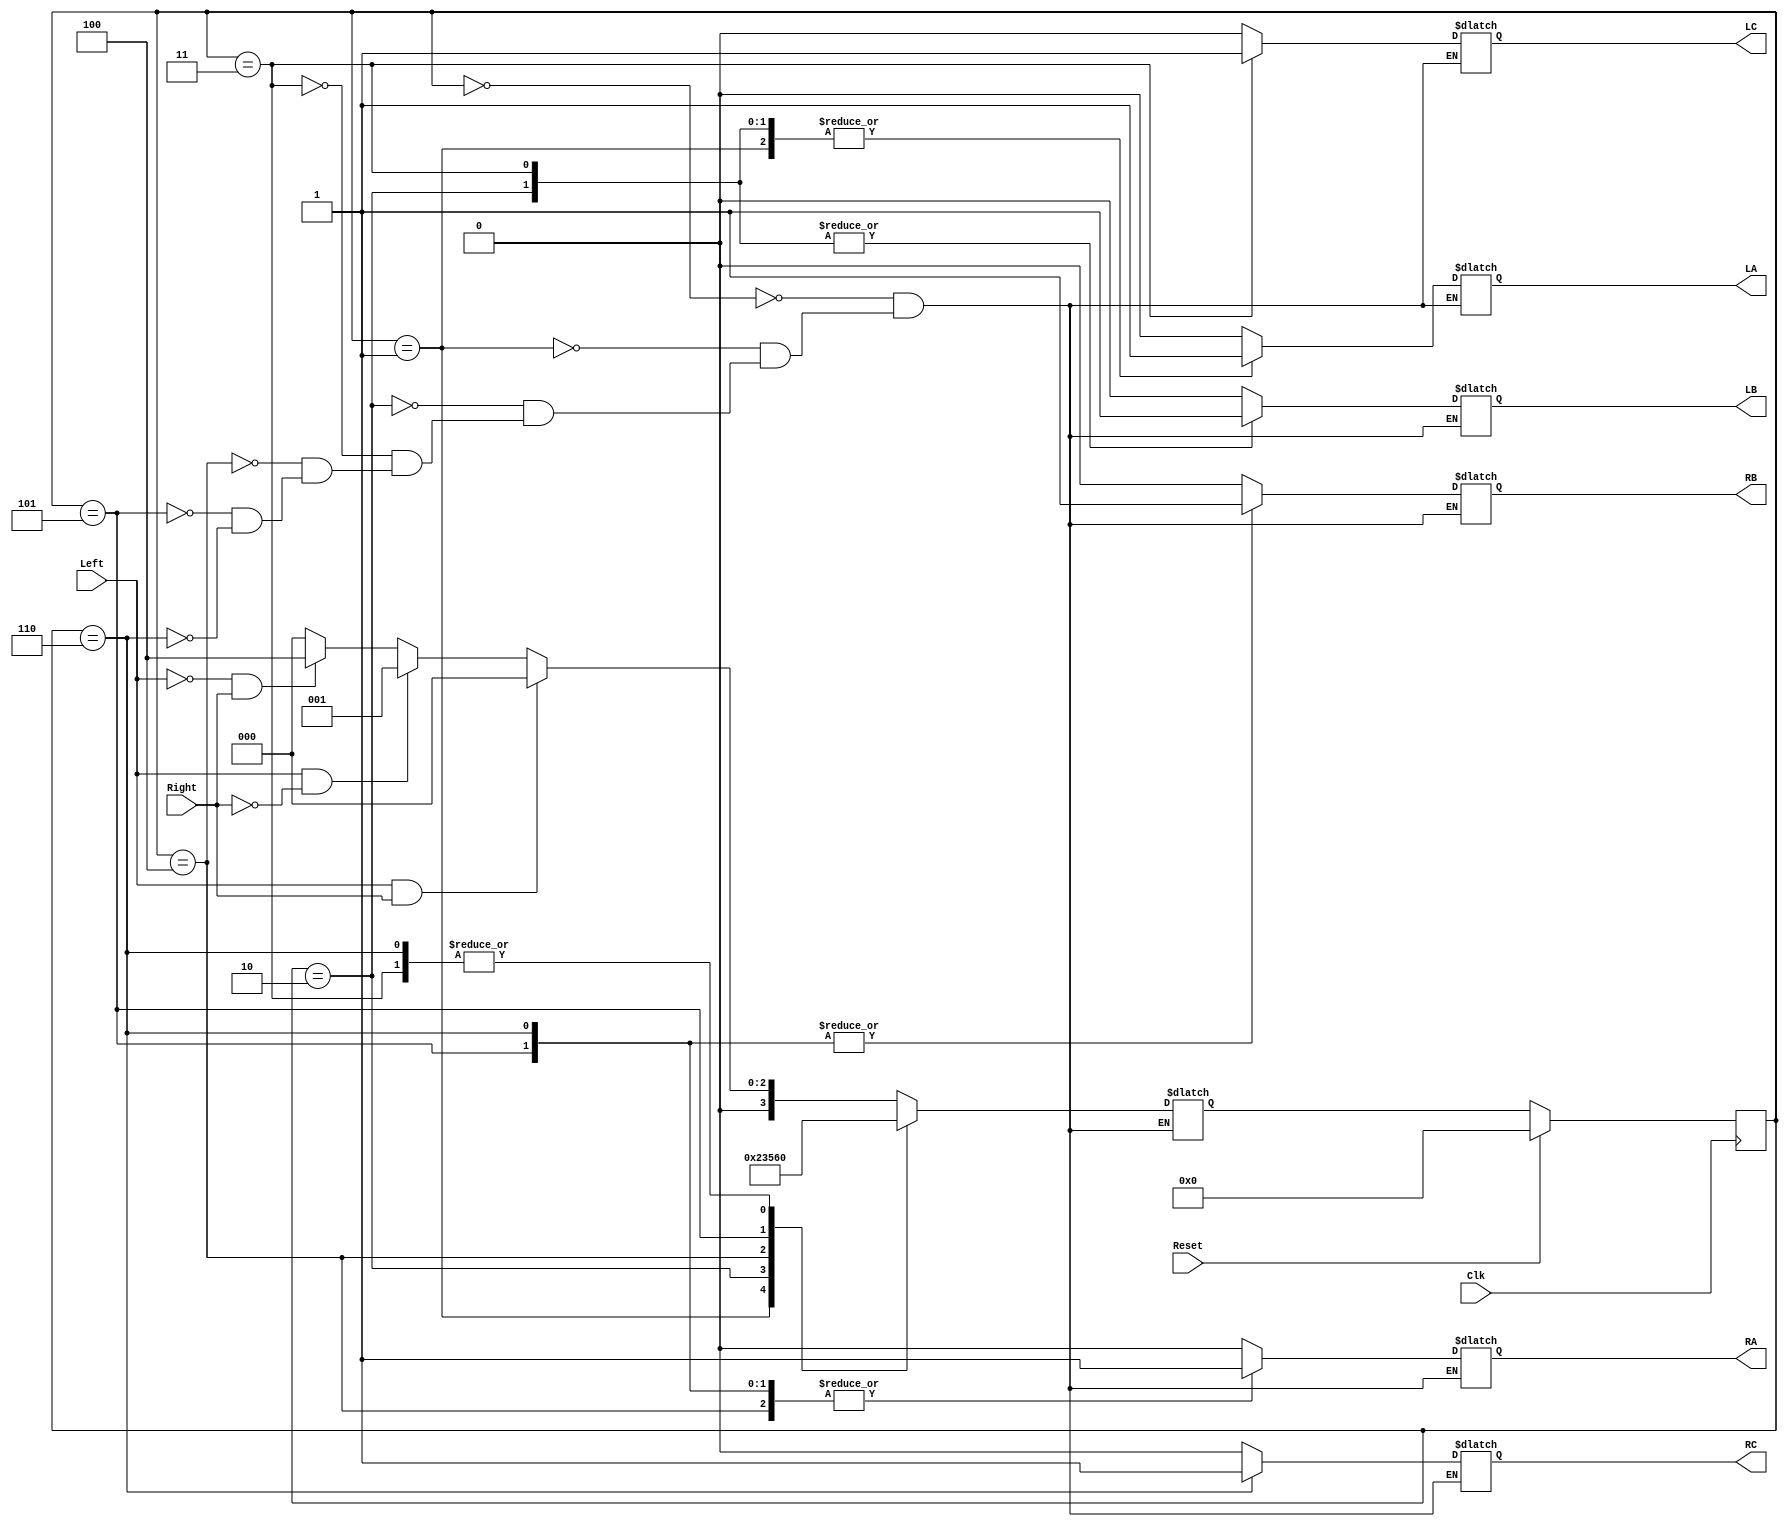
`timescale 1ns / 1ps
//////////////////////////////////////////////////////////////////////////////////
// Company: 
// Engineer: 
// 
// Design Name: 
// Module Name:    Thunderbird 
// Project Name: 
// Target Devices: 
// Tool versions: 
// Description: 
//
// Dependencies: 
//
// Revision: 
// Revision 0.01 - File Created
// Additional Comments: 
//
//////////////////////////////////////////////////////////////////////////////////
module Thunderbird(Reset, Left, Right, LA, LB, LC, RA, RB, RC, Clk);

	input Reset, Left, Right;
	output reg LA, LB, LC, RA, RB, RC;
	input Clk;
	
	parameter Off = 0, L1 = 1, L2 = 2, L3 = 3, R1 = 4, R2 = 5, R3 = 6, Null = 7;

	reg [3:0] State, StateNext;
	
	//Cominational Logic
	always @(State, Left, Right) begin
		case(State)
			Off: begin
				LA <= 0; LB <= 0; LC <= 0; RA <= 0; RB <= 0; RC <= 0;
				if(Left == 1 && Right == 1)
					StateNext <= Off;
				else if (Left == 1 && Right == 0)
					StateNext <= L1;
				else if (Left == 0 && Right == 1)
					StateNext <= R1;
				else
					StateNext <= Off;
				end
			L1: begin
				LA <= 1; LB <= 0; LC <= 0; RA <= 0; RB <= 0; RC <= 0;
				StateNext <= L2;
				end
			L2: begin
				LA <= 1; LB <= 1; LC <= 0; RA <= 0; RB <= 0; RC <= 0;
				StateNext <= L3;
				end
			L3: begin
				LA <= 1; LB <= 1; LC <= 1; RA <= 0; RB <= 0; RC <= 0;
				StateNext <= Off;
				end
			R1: begin
				LA <= 0; LB <= 0; LC <= 0; RA <= 1; RB <= 0; RC <= 0;
				StateNext <= R2;
				end
			R2: begin
				LA <= 0; LB <= 0; LC <= 0; RA <= 1; RB <= 1; RC <= 0;
				StateNext <= R3;
				end
			R3: begin
				LA <= 0; LB <= 0; LC <= 0; RA <= 1; RB <= 1; RC <= 1;
				StateNext <= Off;
				end
			//Null: begin
			//	LA <= 0; LB <= 0; LC <= 0; RA <= 0; RB <= 0; RC <= 0;
			//	StateNext <= Off;
			//	end
			endcase
		end
		
	//State Registers
	always @(posedge Clk) begin
		if(Reset == 1)
			State <= Off;
		else
			State <= StateNext;
		end
endmodule